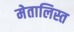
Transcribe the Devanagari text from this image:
मेतालिस्त